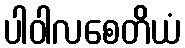
ပါဝါလစေတိယံ